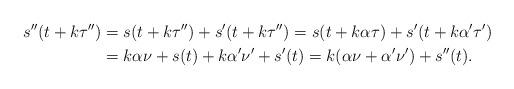
LaTeX: \begin{align*} s''(t+k\tau'') &= s(t+k\tau'') + s'(t+k\tau'') = s(t+k\alpha\tau)+s'(t+k\alpha'\tau')\\ &= k \alpha\nu + s(t) + k\alpha'\nu'+s'(t) = k(\alpha\nu+\alpha'\nu')+s''(t).\end{align*}